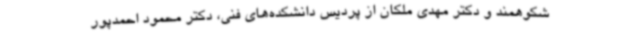
شکوهمند و دکتر مهدی ملکان از پردیس دانشکده‌های فنی، دکتر محمود احمدپور